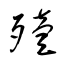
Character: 殪